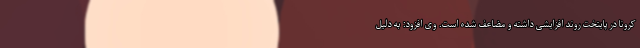
کرونا در پایتخت روند افزایشی داشته و مضاعف شده است. وی افزود: به دلیل